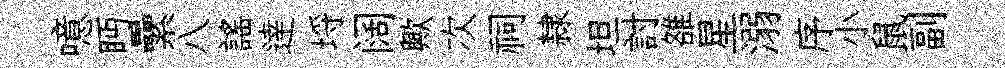
噫眄纍八謡逹埓阔歟次祠隸坦討雒星溺序小鼠副